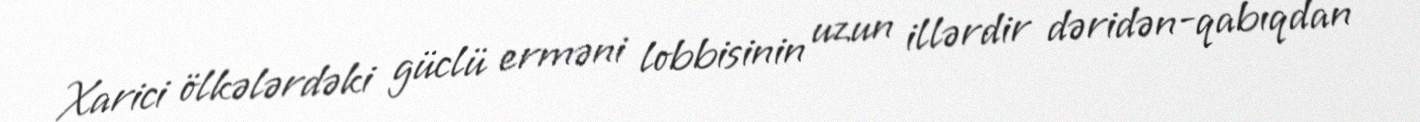
Xarici ölkələrdəki güclü erməni lobbisinin uzun illərdir dəridən-qabıqdan